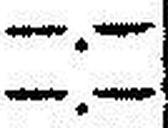
—.—